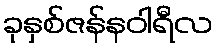
ခုနှစ်ဇန်နဝါရီလ